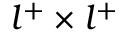
l ^ { + } \times l ^ { + }